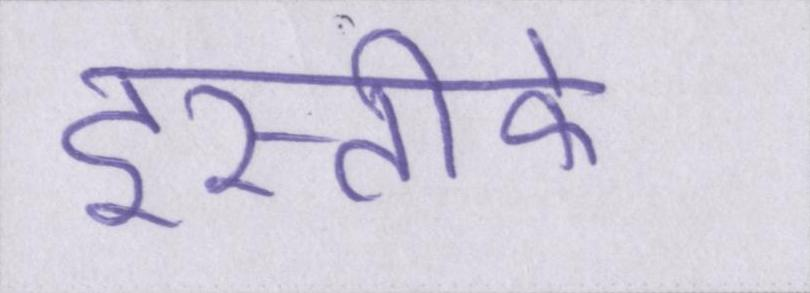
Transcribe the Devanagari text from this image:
इस्तीफे